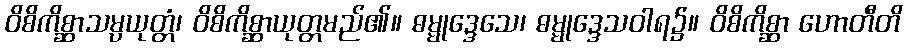
ဝိစိကိစ္ဆာသမ္ပယုတ္တံ၊ ဝိစိကိစ္ဆာယုတ္တမည်၏။ ဓမ္မုဒ္ဒေသေ၊ ဓမ္မုဒ္ဒေသဝါရ၌။ ဝိစိကိစ္ဆာ ဟောတီတိ